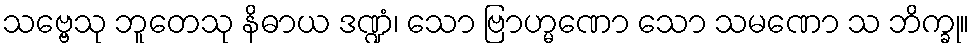
သဗ္ဗေသု ဘူတေသု နိဓာယ ဒဏ္ဍံ၊ သော ဗြာဟ္မဏော သော သမဏော သ ဘိက္ခု။